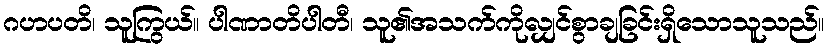
ဂဟပတိ၊ သူကြွယ်။ ပါဏာတိပါတီ၊ သူ၏အသက်ကိုလျှင်စွာချခြင်းရှိသောသူသည်။